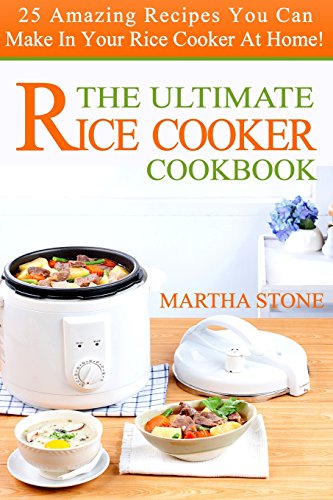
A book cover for The Ultimate Rice Cooker Cookbook: 25 Amazing Recipes You Can Make In Your Rice Cooker At Home!; Martha Stone; Cookbooks, Food & Wine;